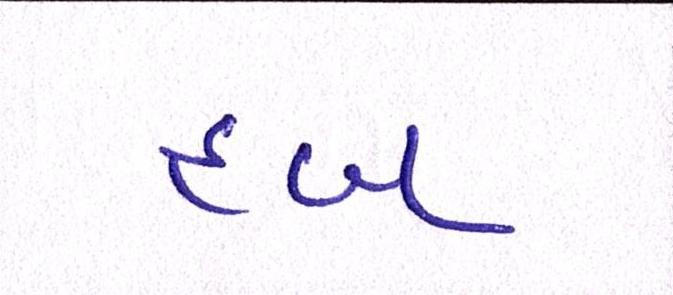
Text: હબ